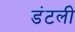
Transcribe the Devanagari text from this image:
डंटली